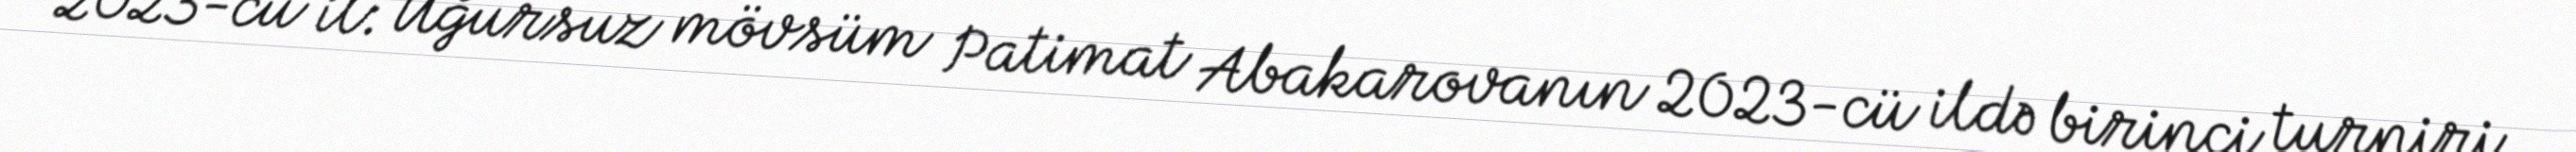
2023-cü il: Uğursuz mövsüm Patimat Abakarovanın 2023-cü ildə birinci turniri